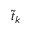
\tilde { t } _ { k }